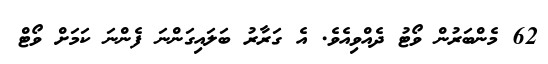
62 މެންބަރުން ވޯޓު ދެއްވިއެވެ. އެ ގަރާރު ބަލައިގަންނަ ފެންނަ ކަމަށް ވޯޓް